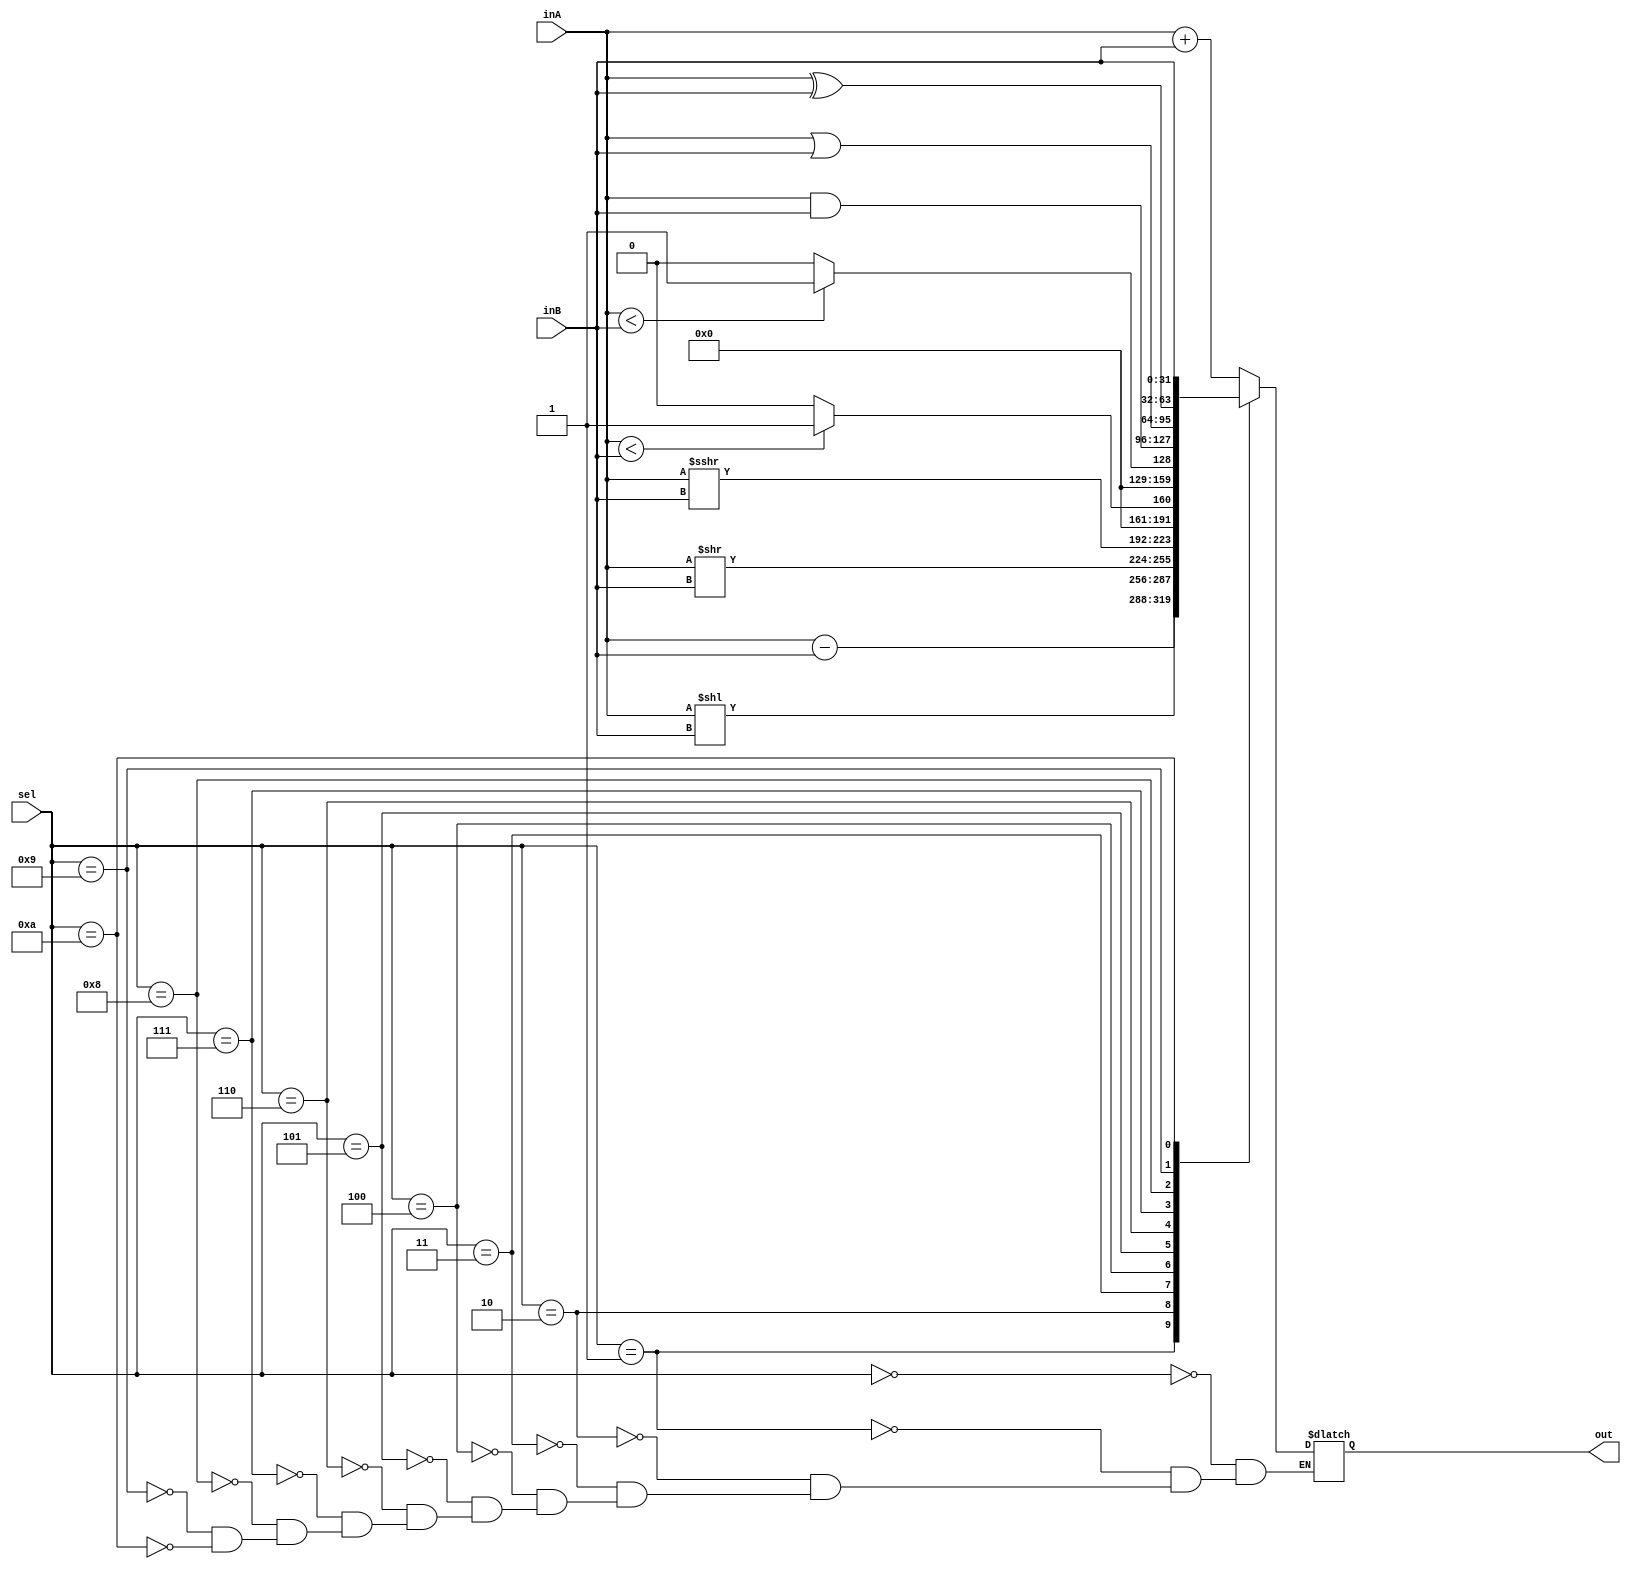
module riscV_ALU(sel, inA, inB, out);
	output [31:0] out;
	input [3:0] sel;
	input [31:0] inA, inB;
	reg [31:0] out;
	integer a, b;

	always @(*)
		case(sel)
			0: out = inA+inB;
			1: out = inA-inB;
			2: out = inA<<inB;	
			3: out = inA>>inB;
			4: 
			begin
				a = inA;
				out = a>>>inB;
			end
			5: out = ($signed(inA)<$signed(inB))?32'd 1:32'd 0;
			6:
			begin
				out = (inA<inB)?32'd 1:32'd 0;
			end
			7: out = inA & inB;
			8: out = inA | inB;
			9: out = inA ^ inB;
			10: out = inB;
		endcase
endmodule